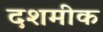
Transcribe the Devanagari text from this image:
दशमीक